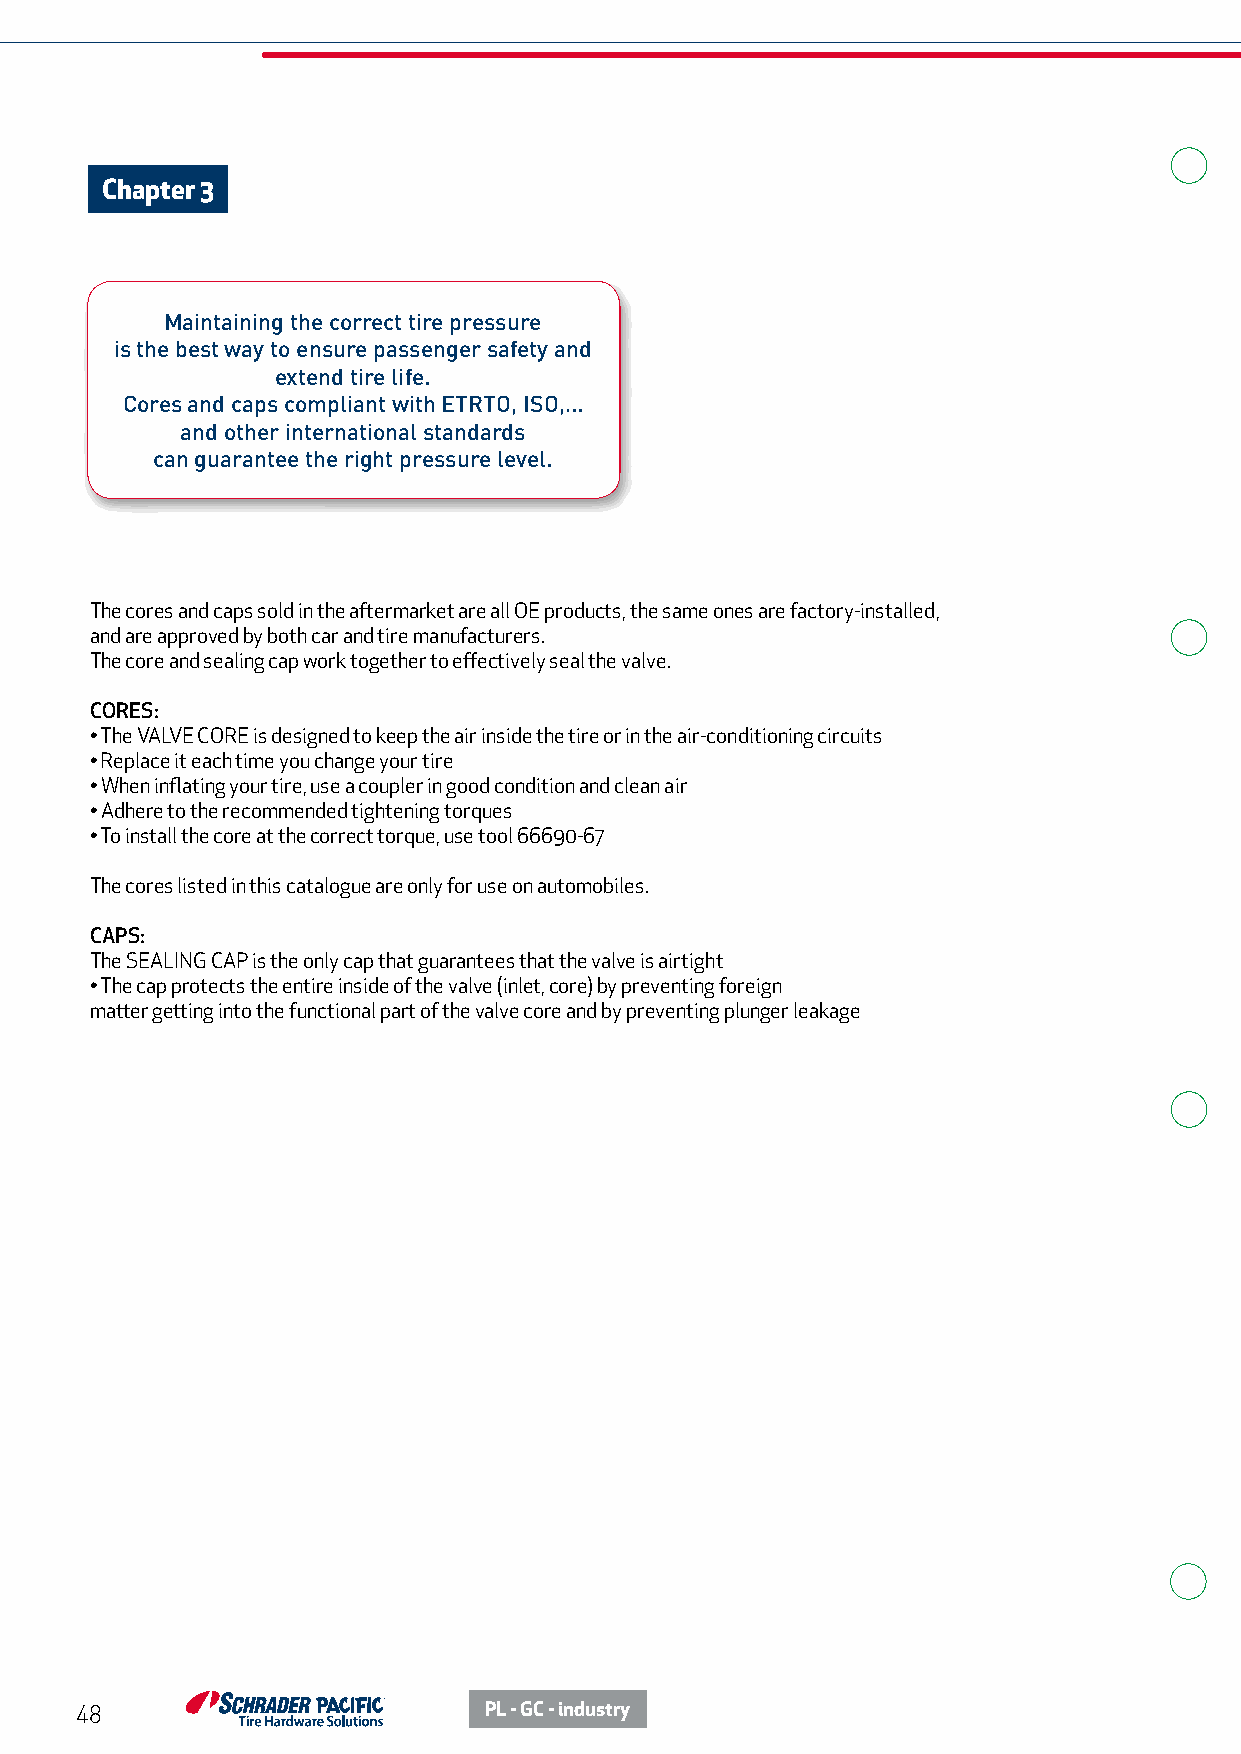
Chapter 3
 Maintaining the correct tire pressure
 is the best way to ensure passenger safety and
 extend tire life.
 Cores and caps compliant with ETRTO, ISO,…
 and other international standards
 can guarantee the right pressure level.
 The cores and caps sold in the aftermarket are all OE products, the same ones are factory-installed,
 and are approved by both car and tire manufacturers.
 The core and sealing cap work together to effectively seal the valve.
 CORES:
 • The VALVE CORE is designed to keep the air inside the tire or in the air-conditioning circuits
 • Replace it each time you change your tire
 • When inflating your tire, use a coupler in good condition and clean air
 • Adhere to the recommended tightening torques
 • To install the core at the correct torque, use tool 66690-67
 The cores listed in this catalogue are only for use on automobiles.
 CAPS:
 The SEALING CAP is the only cap that guarantees that the valve is airtight
 • The cap protects the entire inside of the valve (inlet, core) by preventing foreign
 matter getting into the functional part of the valve core and by preventing plunger leakage
 48                         PL - GC - industry